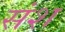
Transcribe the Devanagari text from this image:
संश